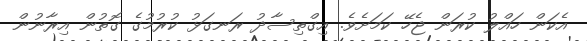
އެކަން ހައްލު ކުރަން ޖެހޭ ކަމަށެވެ. އިގްތިސާދު ރަނގަޅު ކުރުމުގެ ގޮތުން އިރާނުން